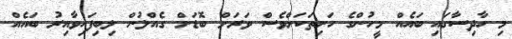
މި ހާދިސާގައި ބައެއް މީހުންގެ ހަށިތަކަށްވެސް ވަަރަށް ބޮޑަށް ގެއްލުން ލިބިފައިވާއިރު ބައެއް